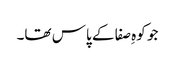
جو کوہِ صفا کے پاس تھا۔